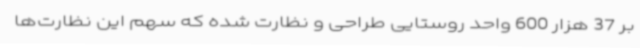
بر 37 هزار 600 واحد روستایی طراحی و نظارت شده که سهم این نظارت‌ها